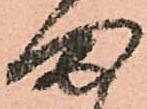
ま